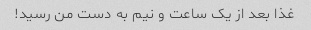
غذا بعد از یک ساعت و نیم به دست من رسید!